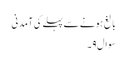
بالغ ہونے سے پہلے کی آمدنی
سوال۹۔